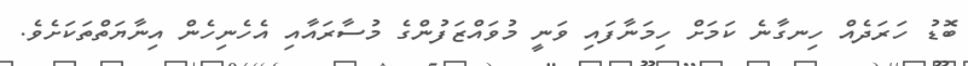
ބޮޑު ހަރަދެއް ހިނގާނެ ކަމަށް ހިމަނާފައި ވަނީ މުވައްޒަފުންގެ މުސާރައާއި އެހެނިހެން އިނާޔަތްތަކަށެވެ.